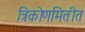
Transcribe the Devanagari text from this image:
त्रिकोणमितीत